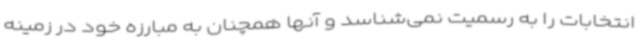
انتخابات را به رسمیت نمی‌شناسد و آنها همچنان به مبارزه خود در زمینه